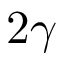
2 \gamma